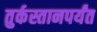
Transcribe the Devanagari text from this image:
तुर्कस्तानपर्यंत